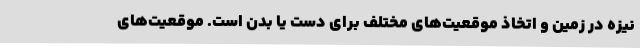
نیزه در زمین و اتخاذ موقعیت‌های مختلف برای دست یا بدن است. موقعیت‌های